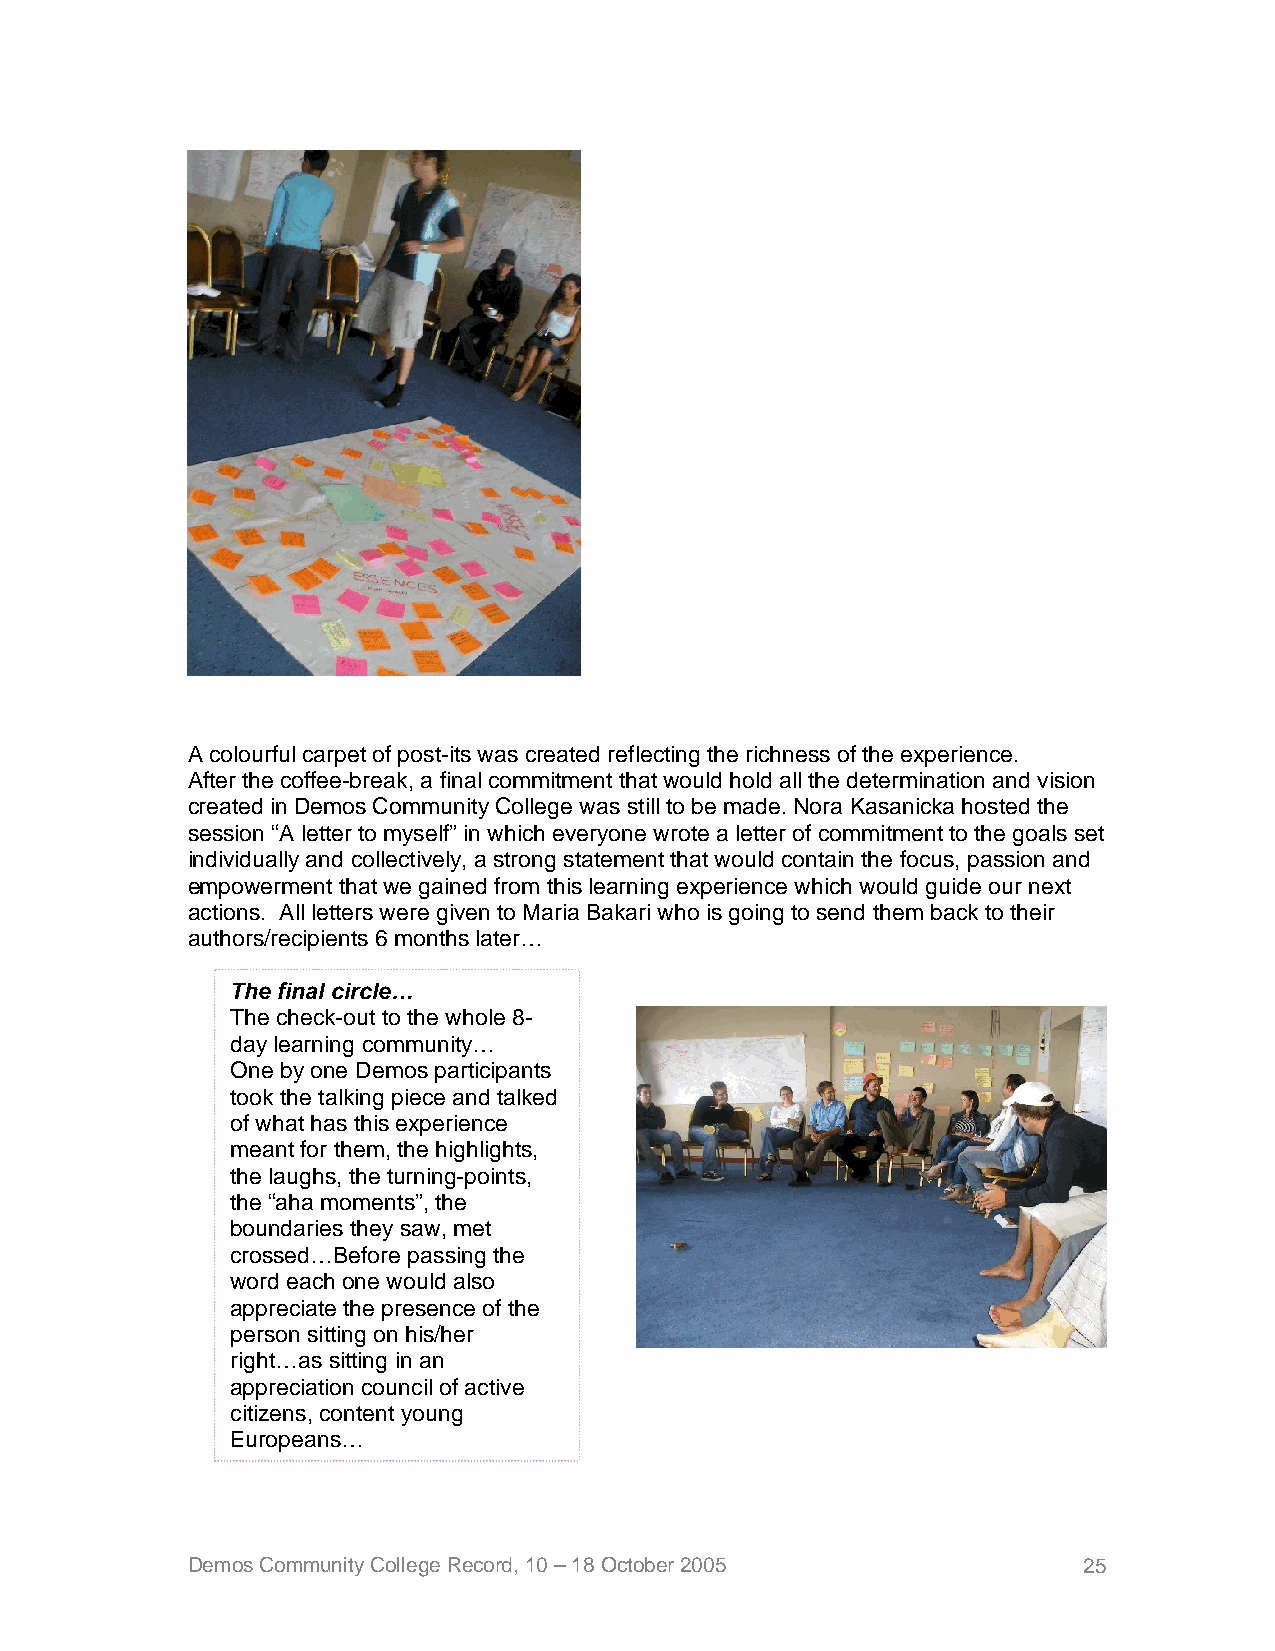
A colourful carpet of post-its was created reflecting the richness of the experience.
 After the coffee-break, a final commitment that would hold all the determination and vision
 created in Demos Community College was still to be made. Nora Kasanicka hosted the
 session “A letter to myself” in which everyone wrote a letter of commitment to the goals set
 individually and collectively, a strong statement that would contain the focus, passion and
 empowerment that we gained from this learning experience which would guide our next
 actions. All letters were given to Maria Bakari who is going to send them back to their
 authors/recipients 6 months later…
 The final circle…
 The check-out to the whole 8-
 day learning community…
 One by one Demos participants
 took the talking piece and talked
 of what has this experience
 meant for them, the highlights,
 the laughs, the turning-points,
 the “aha moments”, the
 boundaries they saw, met
 crossed…Before passing the
 word each one would also
 appreciate the presence of the
 person sitting on his/her
 right…as sitting in an
 appreciation council of active
 citizens, content young
 Europeans…
 Demos Community College Record, 10 – 18 October 2005        25